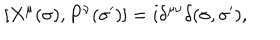
[ X ^ { \mu } ( \sigma ) , P ^ { \nu } ( \sigma ^ { \prime } ) ] = i \delta ^ { \mu \nu } \delta ( \sigma , \sigma ^ { \prime } ) ,